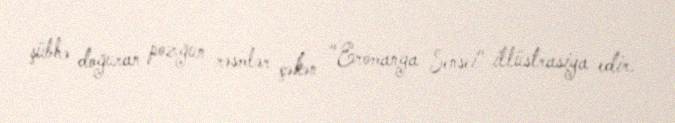
şübhə doğuran pozğun rəsmlər çəkən "Eromanga Sensei" illüstrasiya edir.